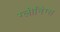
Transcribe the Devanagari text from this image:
ग्लीनिंग्स